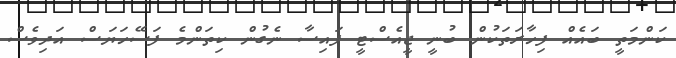
ކަންމަތީ ބައެއް ފިހާރަތަކުން ބުނީ ޖީއެސްޓީ ފައިސާ ނެގުން ކިތަންމެ ފަސޭހަޔަސް އަދިވެސް